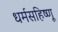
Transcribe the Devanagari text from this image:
धर्मसहिष्णू